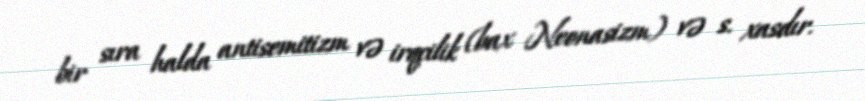
bir sıra halda antisemitizm və irqçilik (bax Neonasizm) və s. xasdır.